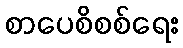
စာပေစိစစ်ရေး